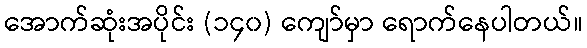
အောက်ဆုံးအပိုင်း (၁၄၀) ကျော်မှာ ရောက်နေပါတယ်။